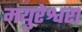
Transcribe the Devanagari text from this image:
मयुरेश्वरा